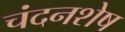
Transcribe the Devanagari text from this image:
चंदनशेष